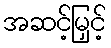
အဆင့်မြှင့်